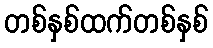
တစ်နှစ်ထက်တစ်နှစ်